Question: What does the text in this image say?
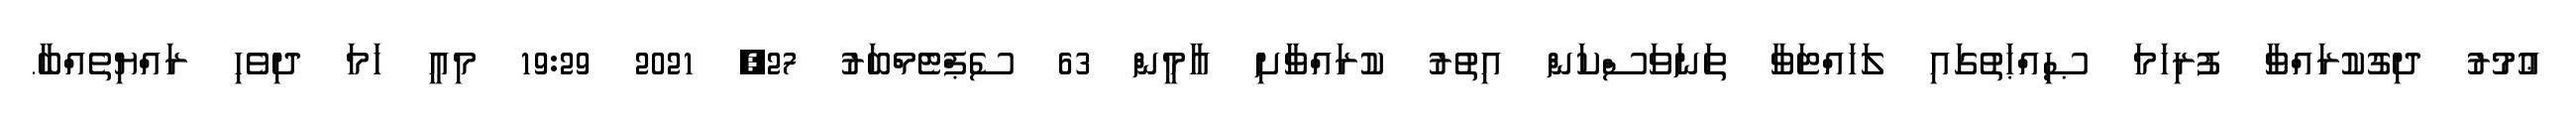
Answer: ޢުމުރު ދިގުކުރައްވާ ފުރިހަމަ ޞިއްޙަތުގައި ލަހައްޓަވާ ތަނަވަސްކަން އިތުރު ކުރައްވާށި އާމީން 63 ސެޕްޓެމްބަރު 27, 2021 19:29 މިއީ ހަމަ ދިވެހި ރައްޔިތެއްބާ.